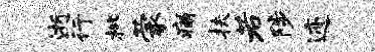
逝行枇蒙痛扶若陟迹